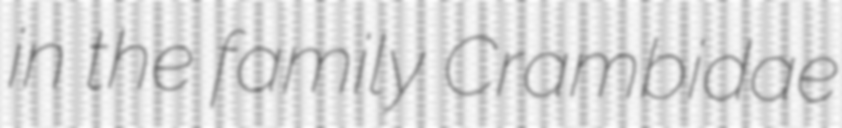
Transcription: in the family Crambidae